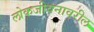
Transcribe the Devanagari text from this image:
लोकजीवनावरील